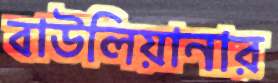
বাউলিয়ানার